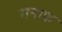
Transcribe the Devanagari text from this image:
मनाफ़